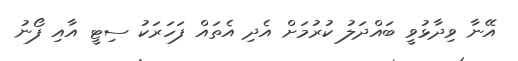
އޭނާ ވިދާޅުވީ ބައްދަލު ކުރުމަށް އެދި އެތައް ފަހަރަކު ސިޓީ އާއި ފޯނު